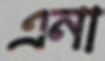
এনা